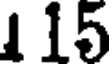
1 15